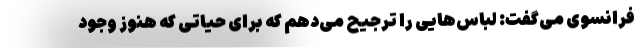
فرانسوی می‌گفت: لباس‌هایی را ترجیح می‌دهم که برای حیاتی که هنوز وجود